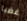
غضبا